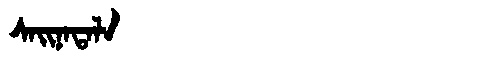
Manchu: ᠰᠠᡳᠨᠠᡨᠠᠯᠠ
Romanization: SAINATALA